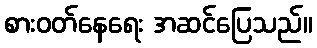
စားဝတ်နေရေး အဆင်ပြေသည်။